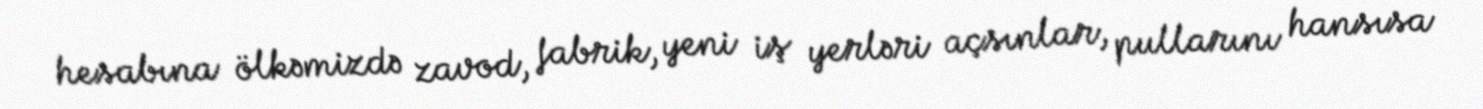
hesabına ölkəmizdə zavod, fabrik, yeni iş yerləri açsınlar, pullarını hansısa